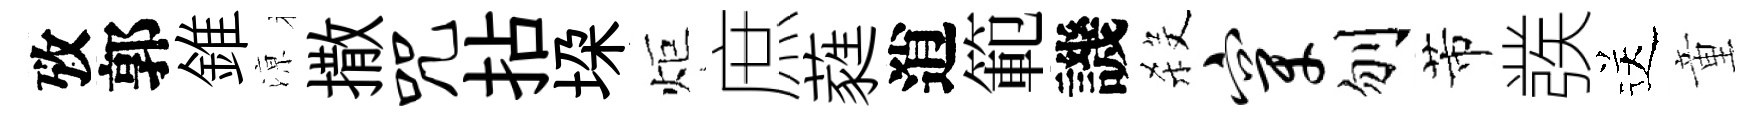
攷郭錐鿌撒咒拈垜炬庶蕤逍範譏殺穿刎芾彂送童